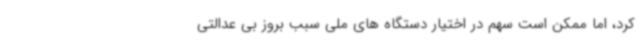
کرد، اما ممکن است سهم در اختیار دستگاه های ملی سبب بروز بی عدالتی